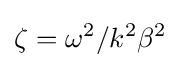
\zeta =\omega ^{2}/k^{2}\beta ^{2}